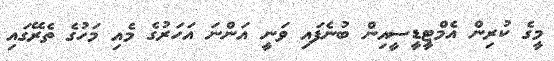
މީގެ ކުރިން އެމްޓީޑީސީއިން ބުނެފައި ވަނީ އަންނަ އަހަރުގެ މެއި މަހުގެ ތެރޭގައި